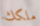
ملكك